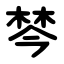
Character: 棽